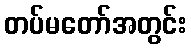
တပ်မတော်အတွင်း